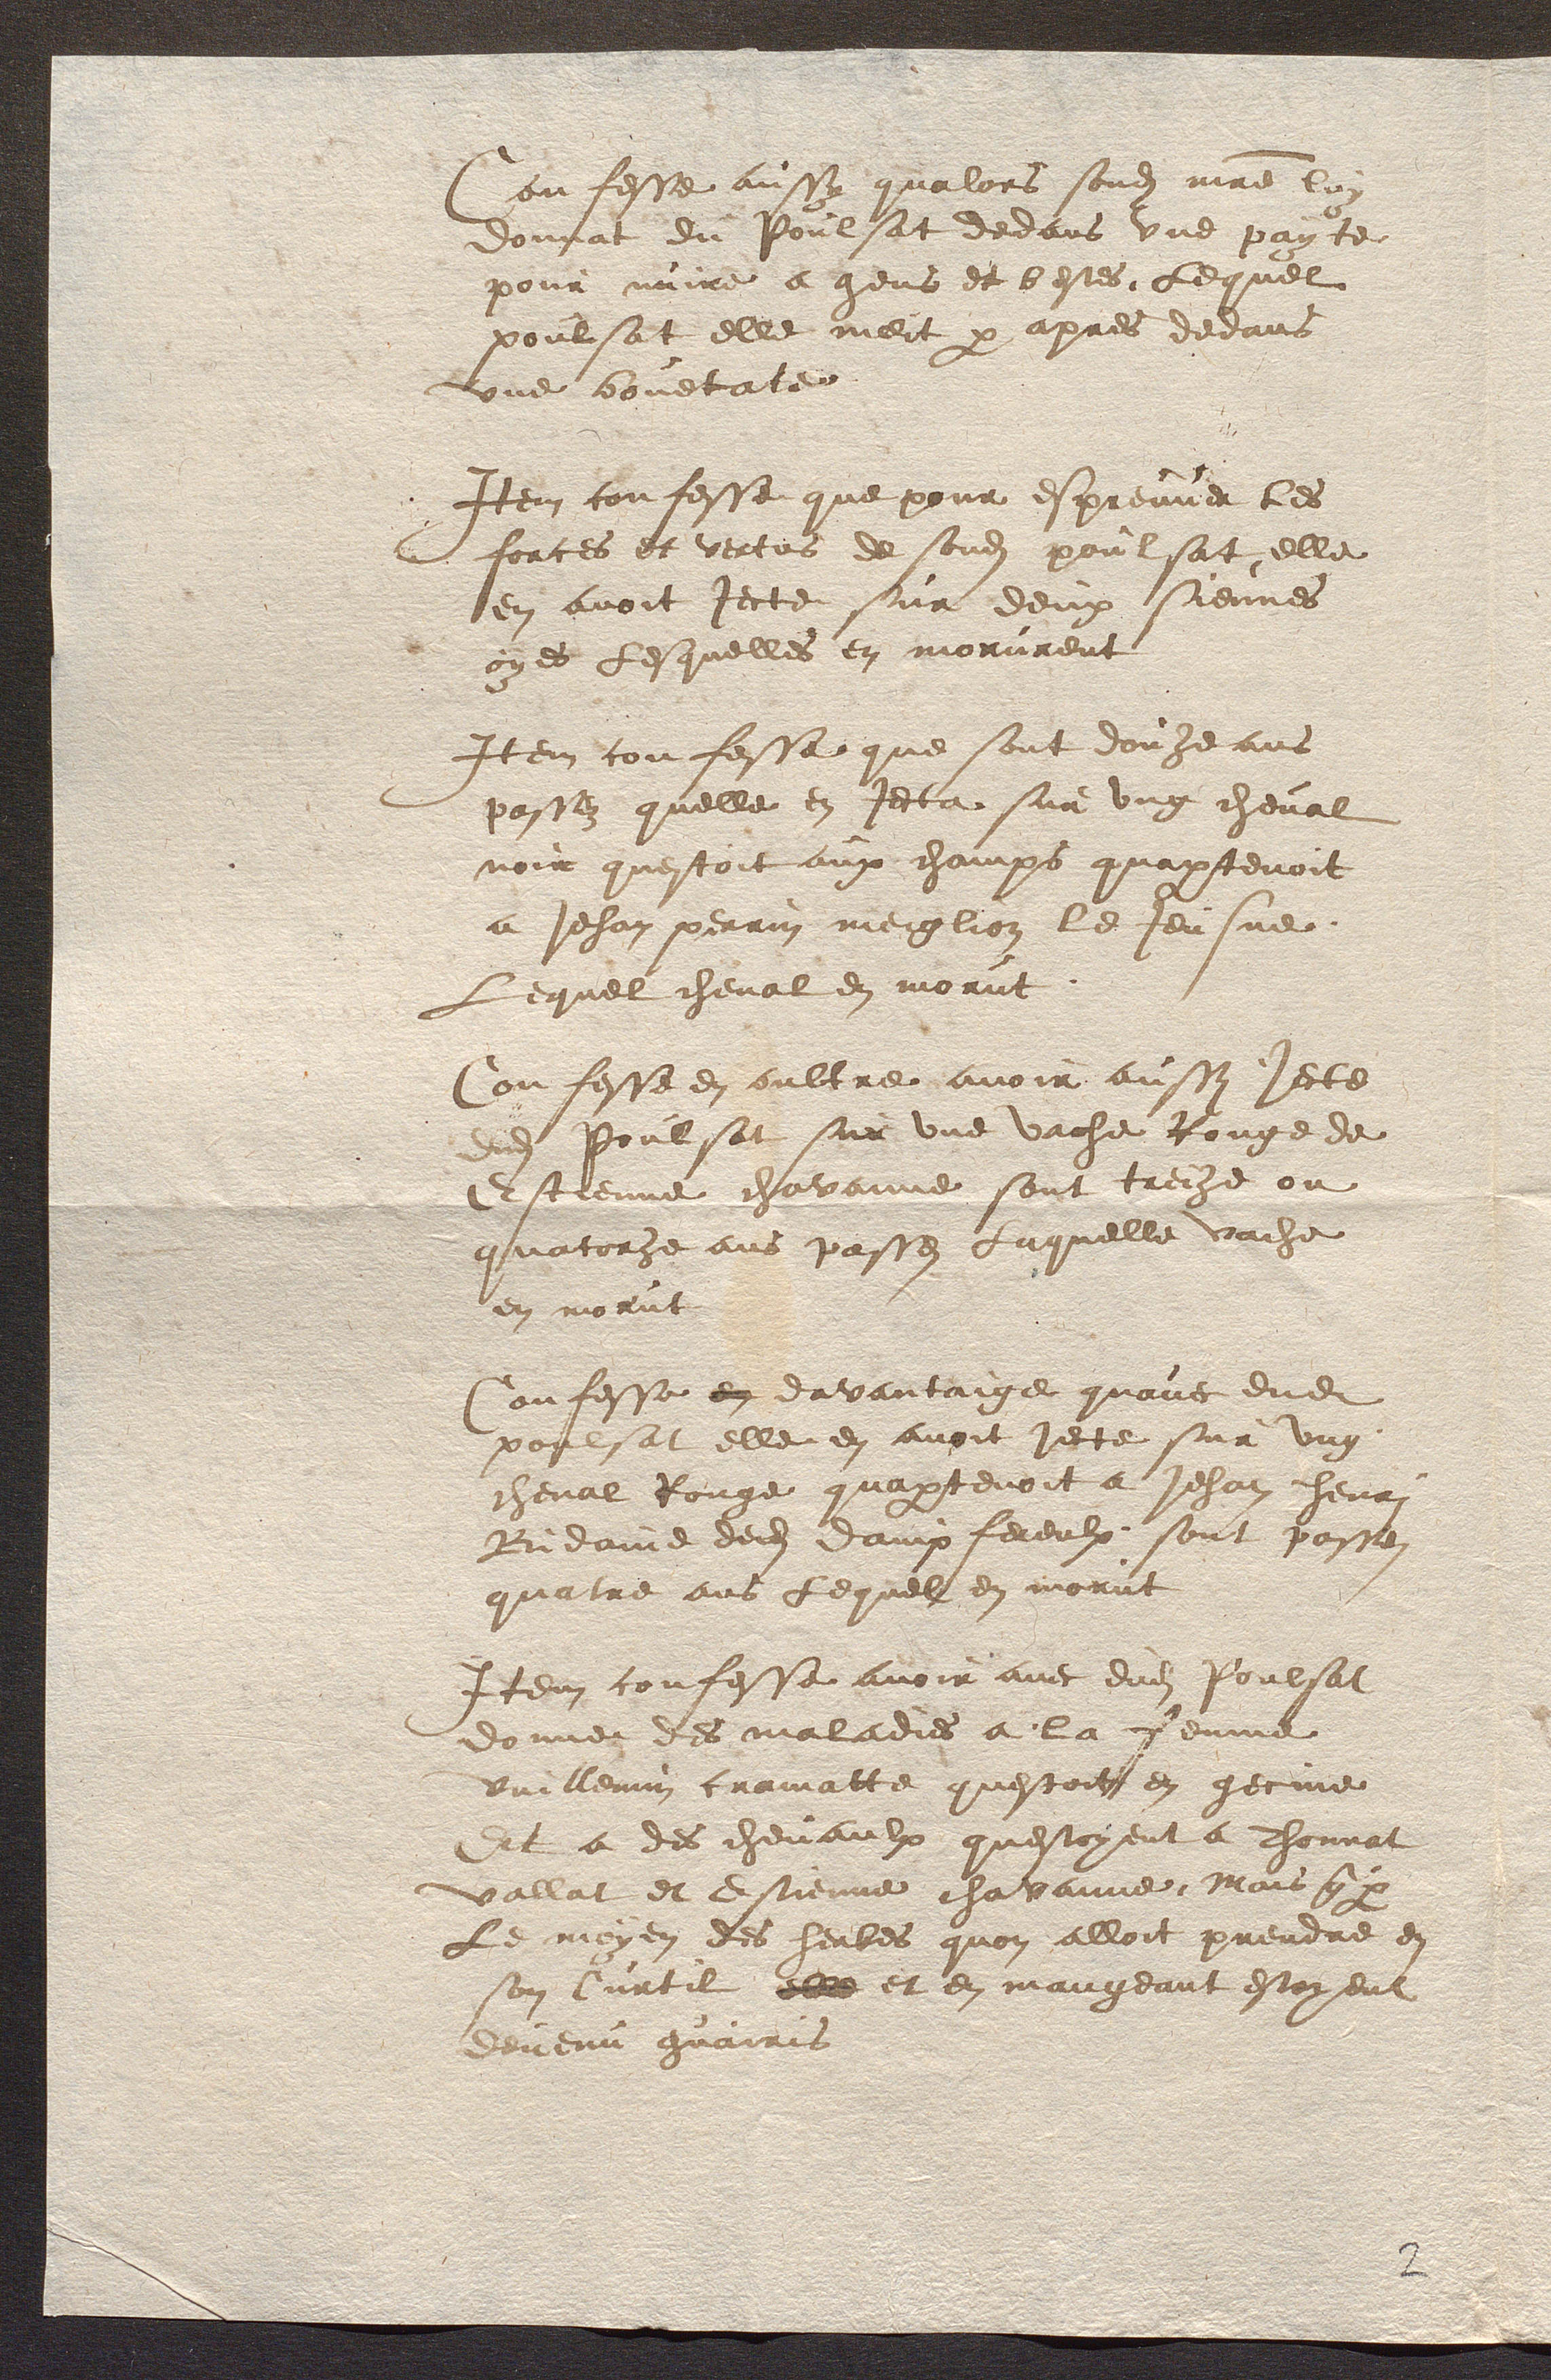
Cenfesse aussy qualors sondit maitre lon
donnat du Poulsat dedans une payte
pour nuire a gens et bestes, Lequel
poulsat elle meit par apres decans
une bouetate
Item confesse que pour espreuver les
forces et vertus de sondit poulsat elle
en avoit jecte sur deux siennes
oyes lesquelles en morurent
Item confesse que sont douzeans
passez quelle en jecta sur ung cheval
noir questoit aux champs quapartenoit
a Jehan perrin meiglion le Jeusne
Lequel cheval en morut
Confesse en oultre avoir aussi jecte
nud Poulsat sur une vache Rouge de
Estienne chavanne sont treize ou
quatorhe ans passes Laquelle vache
en morut
Confesse en davantaige quavec dudit
poulsat elle en avoit jecte sur ung
cheval Rouge quapartenoit a Jehan henri
Bidaine dudit dampfereulx sont passen
quatre ans lequel en morut
Item confesse avoir avec dudit Poulsat
donne des maladies a la femme
Vuillemin cramatte questoit en gecine
Et a des chevaulx questoyent a thonnat
vallat et Estienne chavanne Mais q a
Le moyen des herbes quon alloit prendre en
son Curtil elle et en mangeant estoyent
devenu guairis